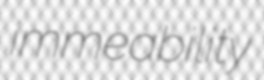
immeability